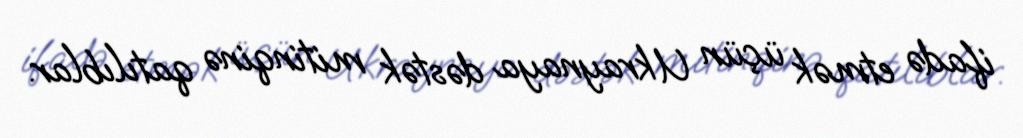
ifadə etmək üçün Ukraynaya dəstək mitinqinə qatılıblar.